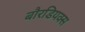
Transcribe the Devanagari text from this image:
बौरडियक्स